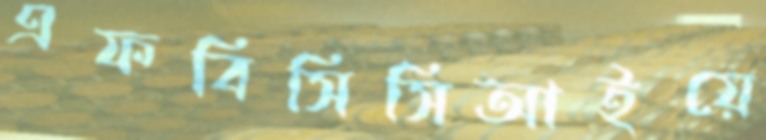
এফবিসিসিআইয়ে